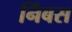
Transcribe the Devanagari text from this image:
निंबस